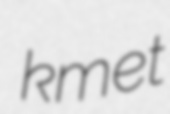
kmet